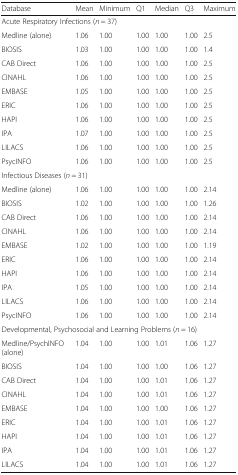
<table><thead><tr><td><b>Database</b></td><td><b>Mean</b></td><td><b>Minimum</b></td><td><b>Q1</b></td><td><b>Median</b></td><td><b>Q3</b></td><td><b>Maximum</b></td></tr></thead><tbody><tr><td colspan="7">Acute Respiratory Infections (<i>n</i> = 37)</td></tr><tr><td>Medline (alone)</td><td>1.06</td><td>1.00</td><td>1.00</td><td>1.00</td><td>1.00</td><td>2.5</td></tr><tr><td>BIOSIS</td><td>1.03</td><td>1.00</td><td>1.00</td><td>1.00</td><td>1.00</td><td>1.4</td></tr><tr><td>CAB Direct</td><td>1.06</td><td>1.00</td><td>1.00</td><td>1.00</td><td>1.00</td><td>2.5</td></tr><tr><td>CINAHL</td><td>1.06</td><td>1.00</td><td>1.00</td><td>1.00</td><td>1.00</td><td>2.5</td></tr><tr><td>EMBASE</td><td>1.05</td><td>1.00</td><td>1.00</td><td>1.00</td><td>1.00</td><td>2.5</td></tr><tr><td>ERIC</td><td>1.06</td><td>1.00</td><td>1.00</td><td>1.00</td><td>1.00</td><td>2.5</td></tr><tr><td>HAPI</td><td>1.06</td><td>1.00</td><td>1.00</td><td>1.00</td><td>1.00</td><td>2.5</td></tr><tr><td>IPA</td><td>1.07</td><td>1.00</td><td>1.00</td><td>1.00</td><td>1.00</td><td>2.5</td></tr><tr><td>LILACS</td><td>1.06</td><td>1.00</td><td>1.00</td><td>1.00</td><td>1.00</td><td>2.5</td></tr><tr><td>PsycINFO</td><td>1.06</td><td>1.00</td><td>1.00</td><td>1.00</td><td>1.00</td><td>2.5</td></tr><tr><td colspan="7">Infectious Diseases (<i>n</i> = 31)</td></tr><tr><td>Medline (alone)</td><td>1.06</td><td>1.00</td><td>1.00</td><td>1.00</td><td>1.00</td><td>2.14</td></tr><tr><td>BIOSIS</td><td>1.02</td><td>1.00</td><td>1.00</td><td>1.00</td><td>1.00</td><td>1.26</td></tr><tr><td>CAB Direct</td><td>1.06</td><td>1.00</td><td>1.00</td><td>1.00</td><td>1.00</td><td>2.14</td></tr><tr><td>CINAHL</td><td>1.06</td><td>1.00</td><td>1.00</td><td>1.00</td><td>1.00</td><td>2.14</td></tr><tr><td>EMBASE</td><td>1.02</td><td>1.00</td><td>1.00</td><td>1.00</td><td>1.00</td><td>1.19</td></tr><tr><td>ERIC</td><td>1.06</td><td>1.00</td><td>1.00</td><td>1.00</td><td>1.00</td><td>2.14</td></tr><tr><td>HAPI</td><td>1.06</td><td>1.00</td><td>1.00</td><td>1.00</td><td>1.00</td><td>2.14</td></tr><tr><td>IPA</td><td>1.05</td><td>1.00</td><td>1.00</td><td>1.00</td><td>1.00</td><td>2.14</td></tr><tr><td>LILACS</td><td>1.06</td><td>1.00</td><td>1.00</td><td>1.00</td><td>1.00</td><td>2.14</td></tr><tr><td>PsycINFO</td><td>1.06</td><td>1.00</td><td>1.00</td><td>1.00</td><td>1.00</td><td>2.14</td></tr><tr><td colspan="7">Developmental, Psychosocial and Learning Problems (<i>n</i> = 16)</td></tr><tr><td>Medline/PsychINFO (alone)</td><td>1.04</td><td>1.00</td><td>1.00</td><td>1.01</td><td>1.06</td><td>1.27</td></tr><tr><td>BIOSIS</td><td>1.04</td><td>1.00</td><td>1.00</td><td>1.00</td><td>1.06</td><td>1.27</td></tr><tr><td>CAB Direct</td><td>1.04</td><td>1.00</td><td>1.00</td><td>1.01</td><td>1.06</td><td>1.27</td></tr><tr><td>CINAHL</td><td>1.04</td><td>1.00</td><td>1.00</td><td>1.01</td><td>1.06</td><td>1.27</td></tr><tr><td>EMBASE</td><td>1.04</td><td>1.00</td><td>1.00</td><td>1.00</td><td>1.06</td><td>1.27</td></tr><tr><td>ERIC</td><td>1.04</td><td>1.00</td><td>1.00</td><td>1.01</td><td>1.06</td><td>1.27</td></tr><tr><td>HAPI</td><td>1.04</td><td>1.00</td><td>1.00</td><td>1.01</td><td>1.06</td><td>1.27</td></tr><tr><td>IPA</td><td>1.04</td><td>1.00</td><td>1.00</td><td>1.01</td><td>1.06</td><td>1.27</td></tr><tr><td>LILACS</td><td>1.04</td><td>1.00</td><td>1.00</td><td>1.01</td><td>1.06</td><td>1.27</td></tr></tbody></table>